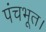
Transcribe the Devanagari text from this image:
पंचभूत।